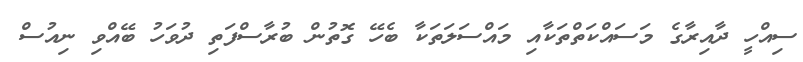
ސިއްހީ ދާއިރާގެ މަސައްކަތްތަކާއި މައްސަލަތަކާ ބެހޭ ގޮތުން ބުރާސްފަތި ދުވަހު ބޭއްވި ނިއުސް